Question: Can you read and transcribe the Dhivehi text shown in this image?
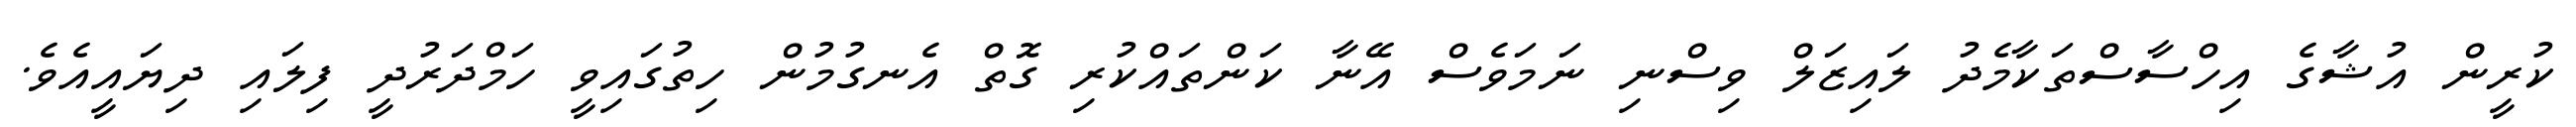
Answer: ކުރީން އުޝާގެ އިހްސާސްތަކާމެދު ލައިޒަލް ވިސްނި ނަމަވެސް އޭނާ ކަންތައްކުރި ގޮތް އެނގުމުން ހިތުގައިވީ ހަމްދަރުދީ ފިލައި ދިޔައީއެވެ.